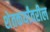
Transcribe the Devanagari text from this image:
शेतकर्यांवरील